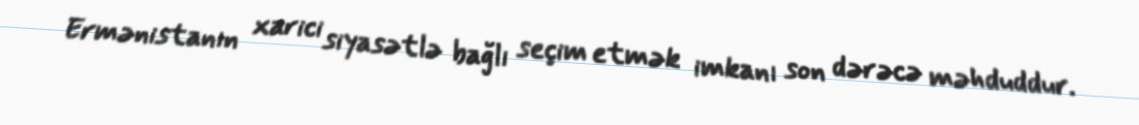
Ermənistanın xarici siyasətlə bağlı seçim etmək imkanı son dərəcə məhduddur.